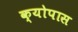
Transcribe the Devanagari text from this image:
क्योपास